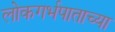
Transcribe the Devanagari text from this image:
लोकगर्भपाताच्या